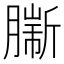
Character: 𦠟